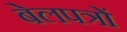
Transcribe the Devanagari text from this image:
बेलपत्रों